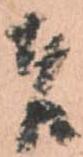
者